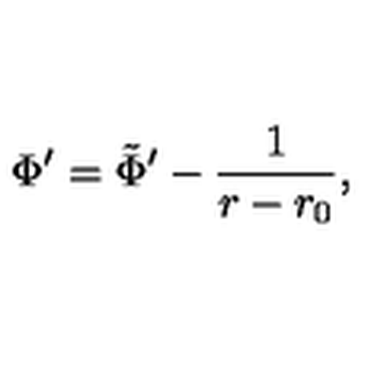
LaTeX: \Phi ^ { \prime } = \tilde { \Phi } ^ { \prime } - { \frac { 1 } { r - r _ { 0 } } } ,